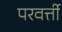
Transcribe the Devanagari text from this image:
परवर्त्ती